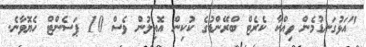
"އަޅުގަނޑުމެން ވިއްކާ ކެރެޓް ބްރޭންޑުގެ ކުކިން އޮއިލުން ވެސް 10 ޕަސެންޓް ހެޔޮވާނެ.